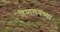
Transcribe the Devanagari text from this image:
हिमालयच्या